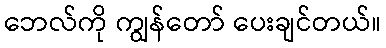
ဘေလ်ကို ကျွန်တော် ပေးချင်တယ်။